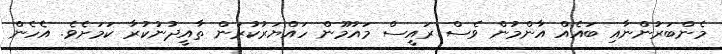
މެންބަރުންނާއި ބައެއް އާންމުން ވެސް ރައީސް މައުމޫން ހައްޔަރުކުރަން ތާއީދުނުކުރާ ކަމަށެވެ. އެހެން